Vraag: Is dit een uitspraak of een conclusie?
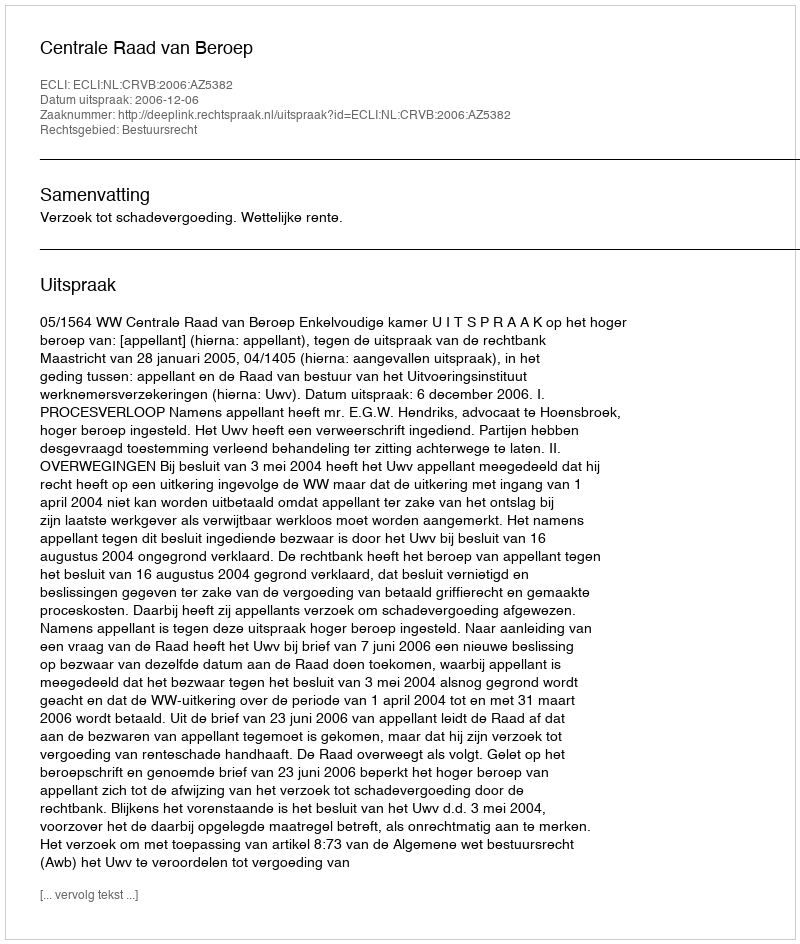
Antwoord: Uitspraak